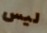
ليس